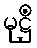
မုဋ္ဌိံ